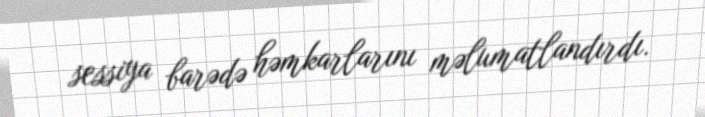
sessiya barədə həmkarlarını məlumatlandırdı.